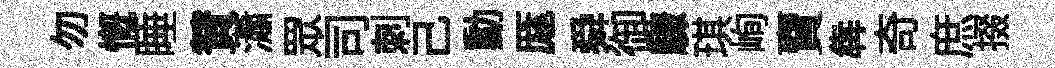
勿慨睡賛瀟眾司刺己勳厖舜御驟琪峋𧶠犇奇庶掇